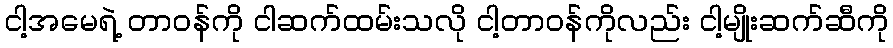
ငါ့အမေရဲ့ တာဝန်ကို ငါဆက်ထမ်းသလို ငါ့တာဝန်ကိုလည်း ငါ့မျိုးဆက်ဆီကို